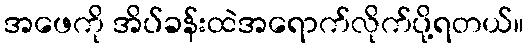
အဖေကို အိပ်ခန်းထဲအရောက်လိုက်ပို့ရတယ်။